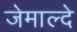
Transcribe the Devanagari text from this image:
जेमाल्दे